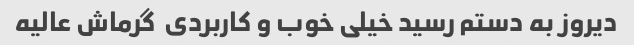
دیروز به دستم رسید خیلی خوب و کاربردی  گرماش عالیه